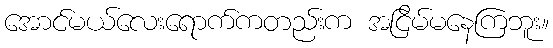
အောင်မယ်လေးရောက်ကတည်းက အငြိမ်မနေကြဘူး။